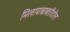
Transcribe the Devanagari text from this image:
मिलापाबाबतीतील